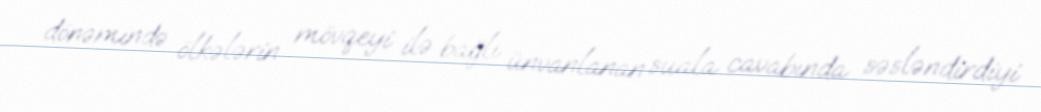
dönəmində ölkələrin mövqeyi ilə bağlı ünvanlanan suala cavabında səsləndirdiyi